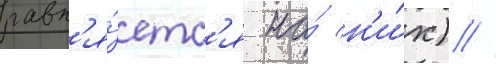
равн'я́етс'я на́ н'и́х) //